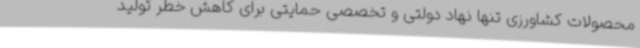
محصولات کشاورزی تنها نهاد دولتی و تخصصی حمایتی برای کاهش خطر تولید